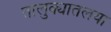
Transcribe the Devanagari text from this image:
तालुक्यातलया